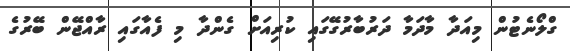
ގްލޯނެޓުން މިއަދާ މާދަމާ ދަރުބާރުގޭގައި ކުރިއަށް ގެންދާ މި ފެއާގައި ރާއްޖޭން ބޭރުގެ